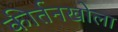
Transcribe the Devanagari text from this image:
कीर्तनखोला